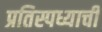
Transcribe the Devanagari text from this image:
प्रतिस्पध्याची